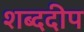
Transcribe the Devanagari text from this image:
शब्ददीप